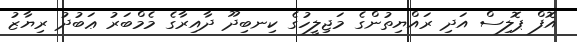
އޮފް ޕޮލިސް އަދި ރައްޔިތުންގެ މަޖިލީހުގެ ކިނބިދޫ ދާއިރާގެ މެމްބަރު ޢަބުދު ރިޔާޒު